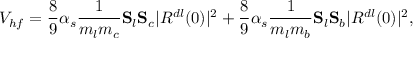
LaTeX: V _ { h f } = \frac { 8 } { 9 } \alpha _ { s } \frac { 1 } { m _ { l } m _ { c } } { \bf S } _ { l } { \bf S } _ { c } | R ^ { d l } ( 0 ) | ^ { 2 } + \frac { 8 } { 9 } \alpha _ { s } \frac { 1 } { m _ { l } m _ { b } } { \bf S } _ { l } { \bf S } _ { b } | R ^ { d l } ( 0 ) | ^ { 2 } ,